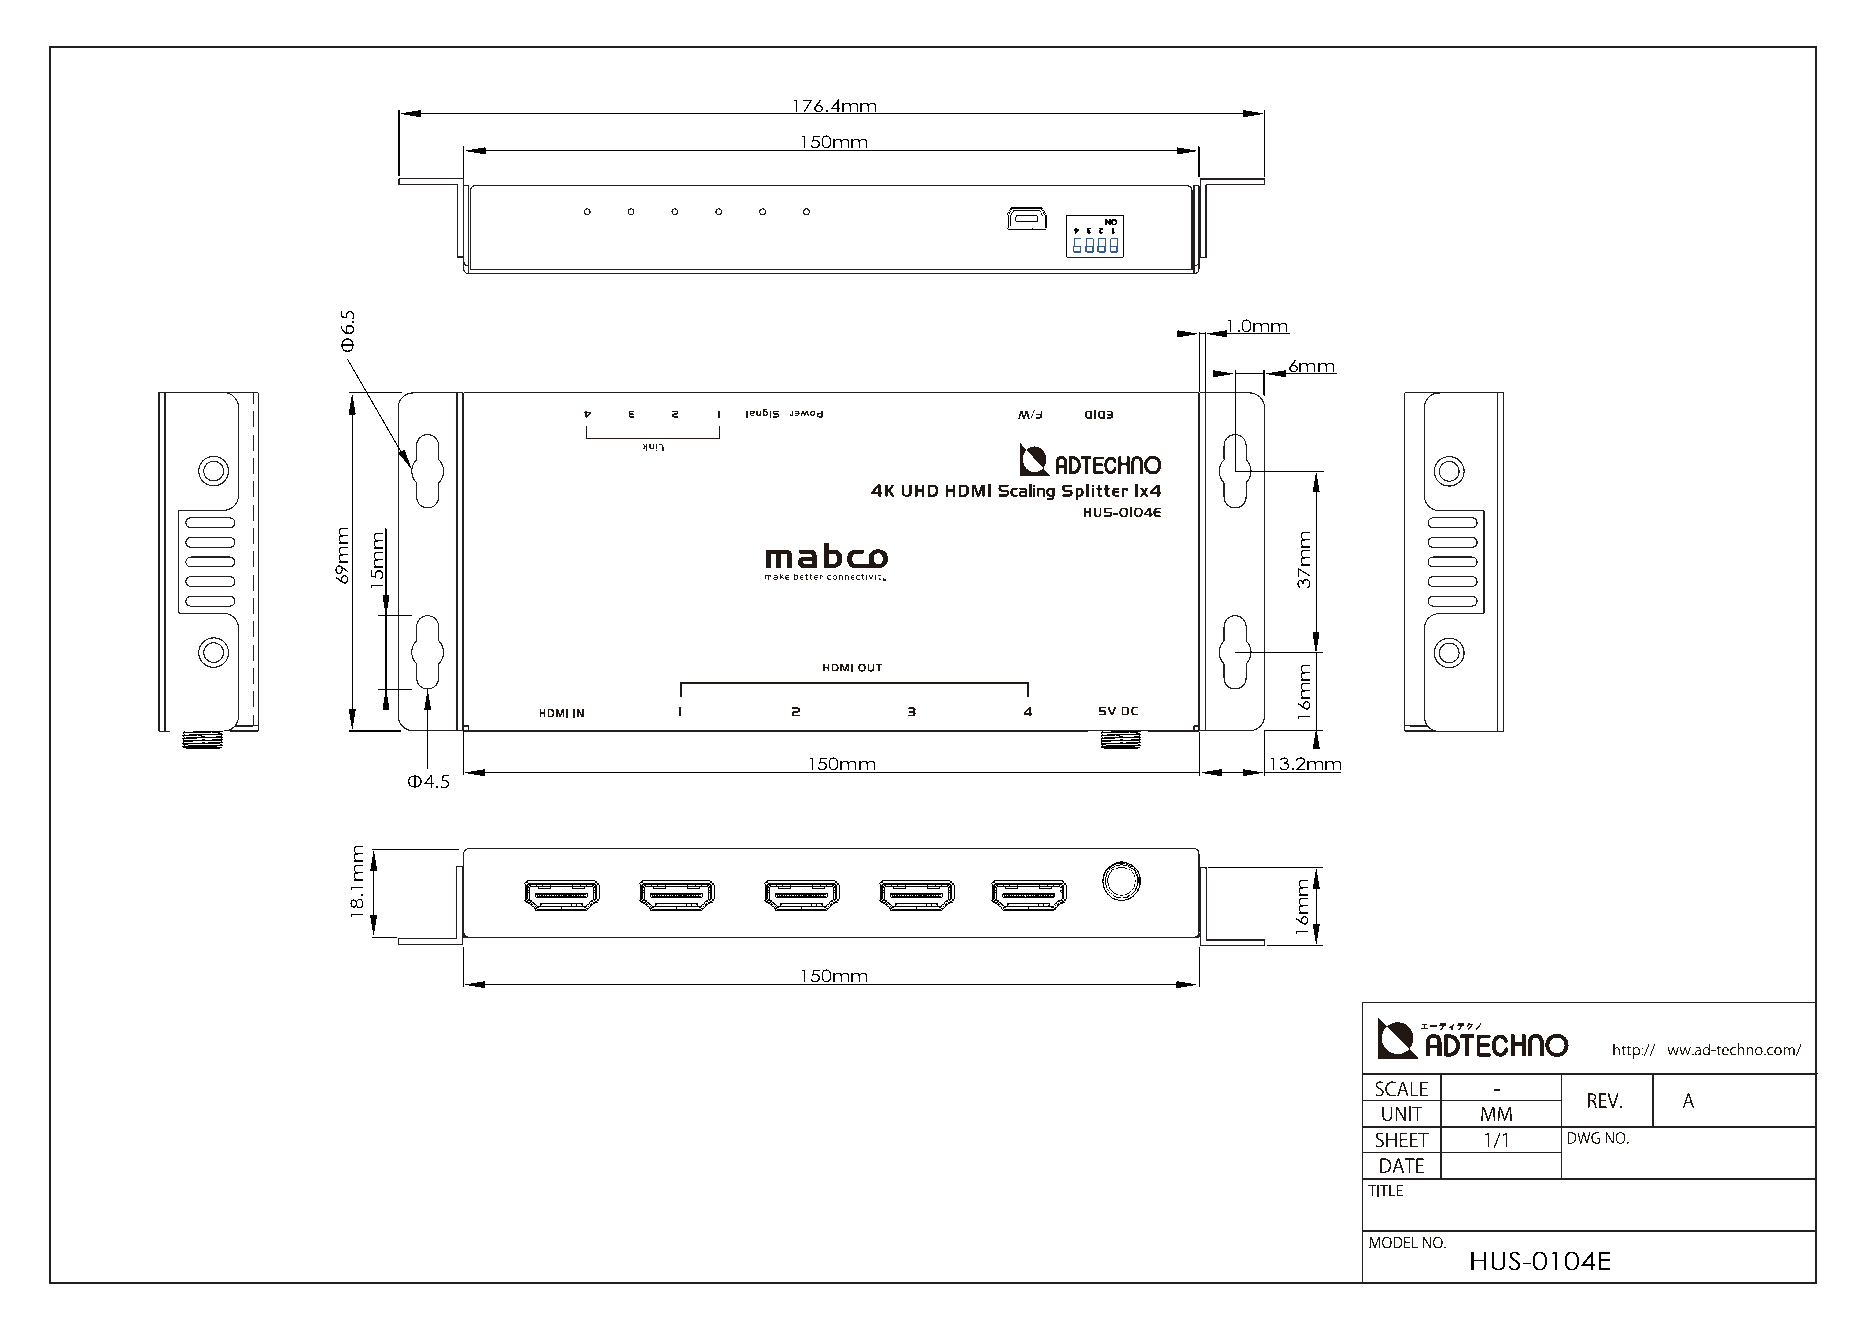
176.4mm
 150mm
 NO
 4 3 2 1
 1.0mm
 6mm
 150mm                          13.2mm
 Φ4.5
 150mm
 HUS-0104E
 mm96
 5.6Φ
 mm1.81
 mm51                                                         mm73
 mm61
 mm61